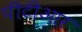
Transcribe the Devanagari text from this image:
पीटीआर